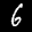
Label: 6